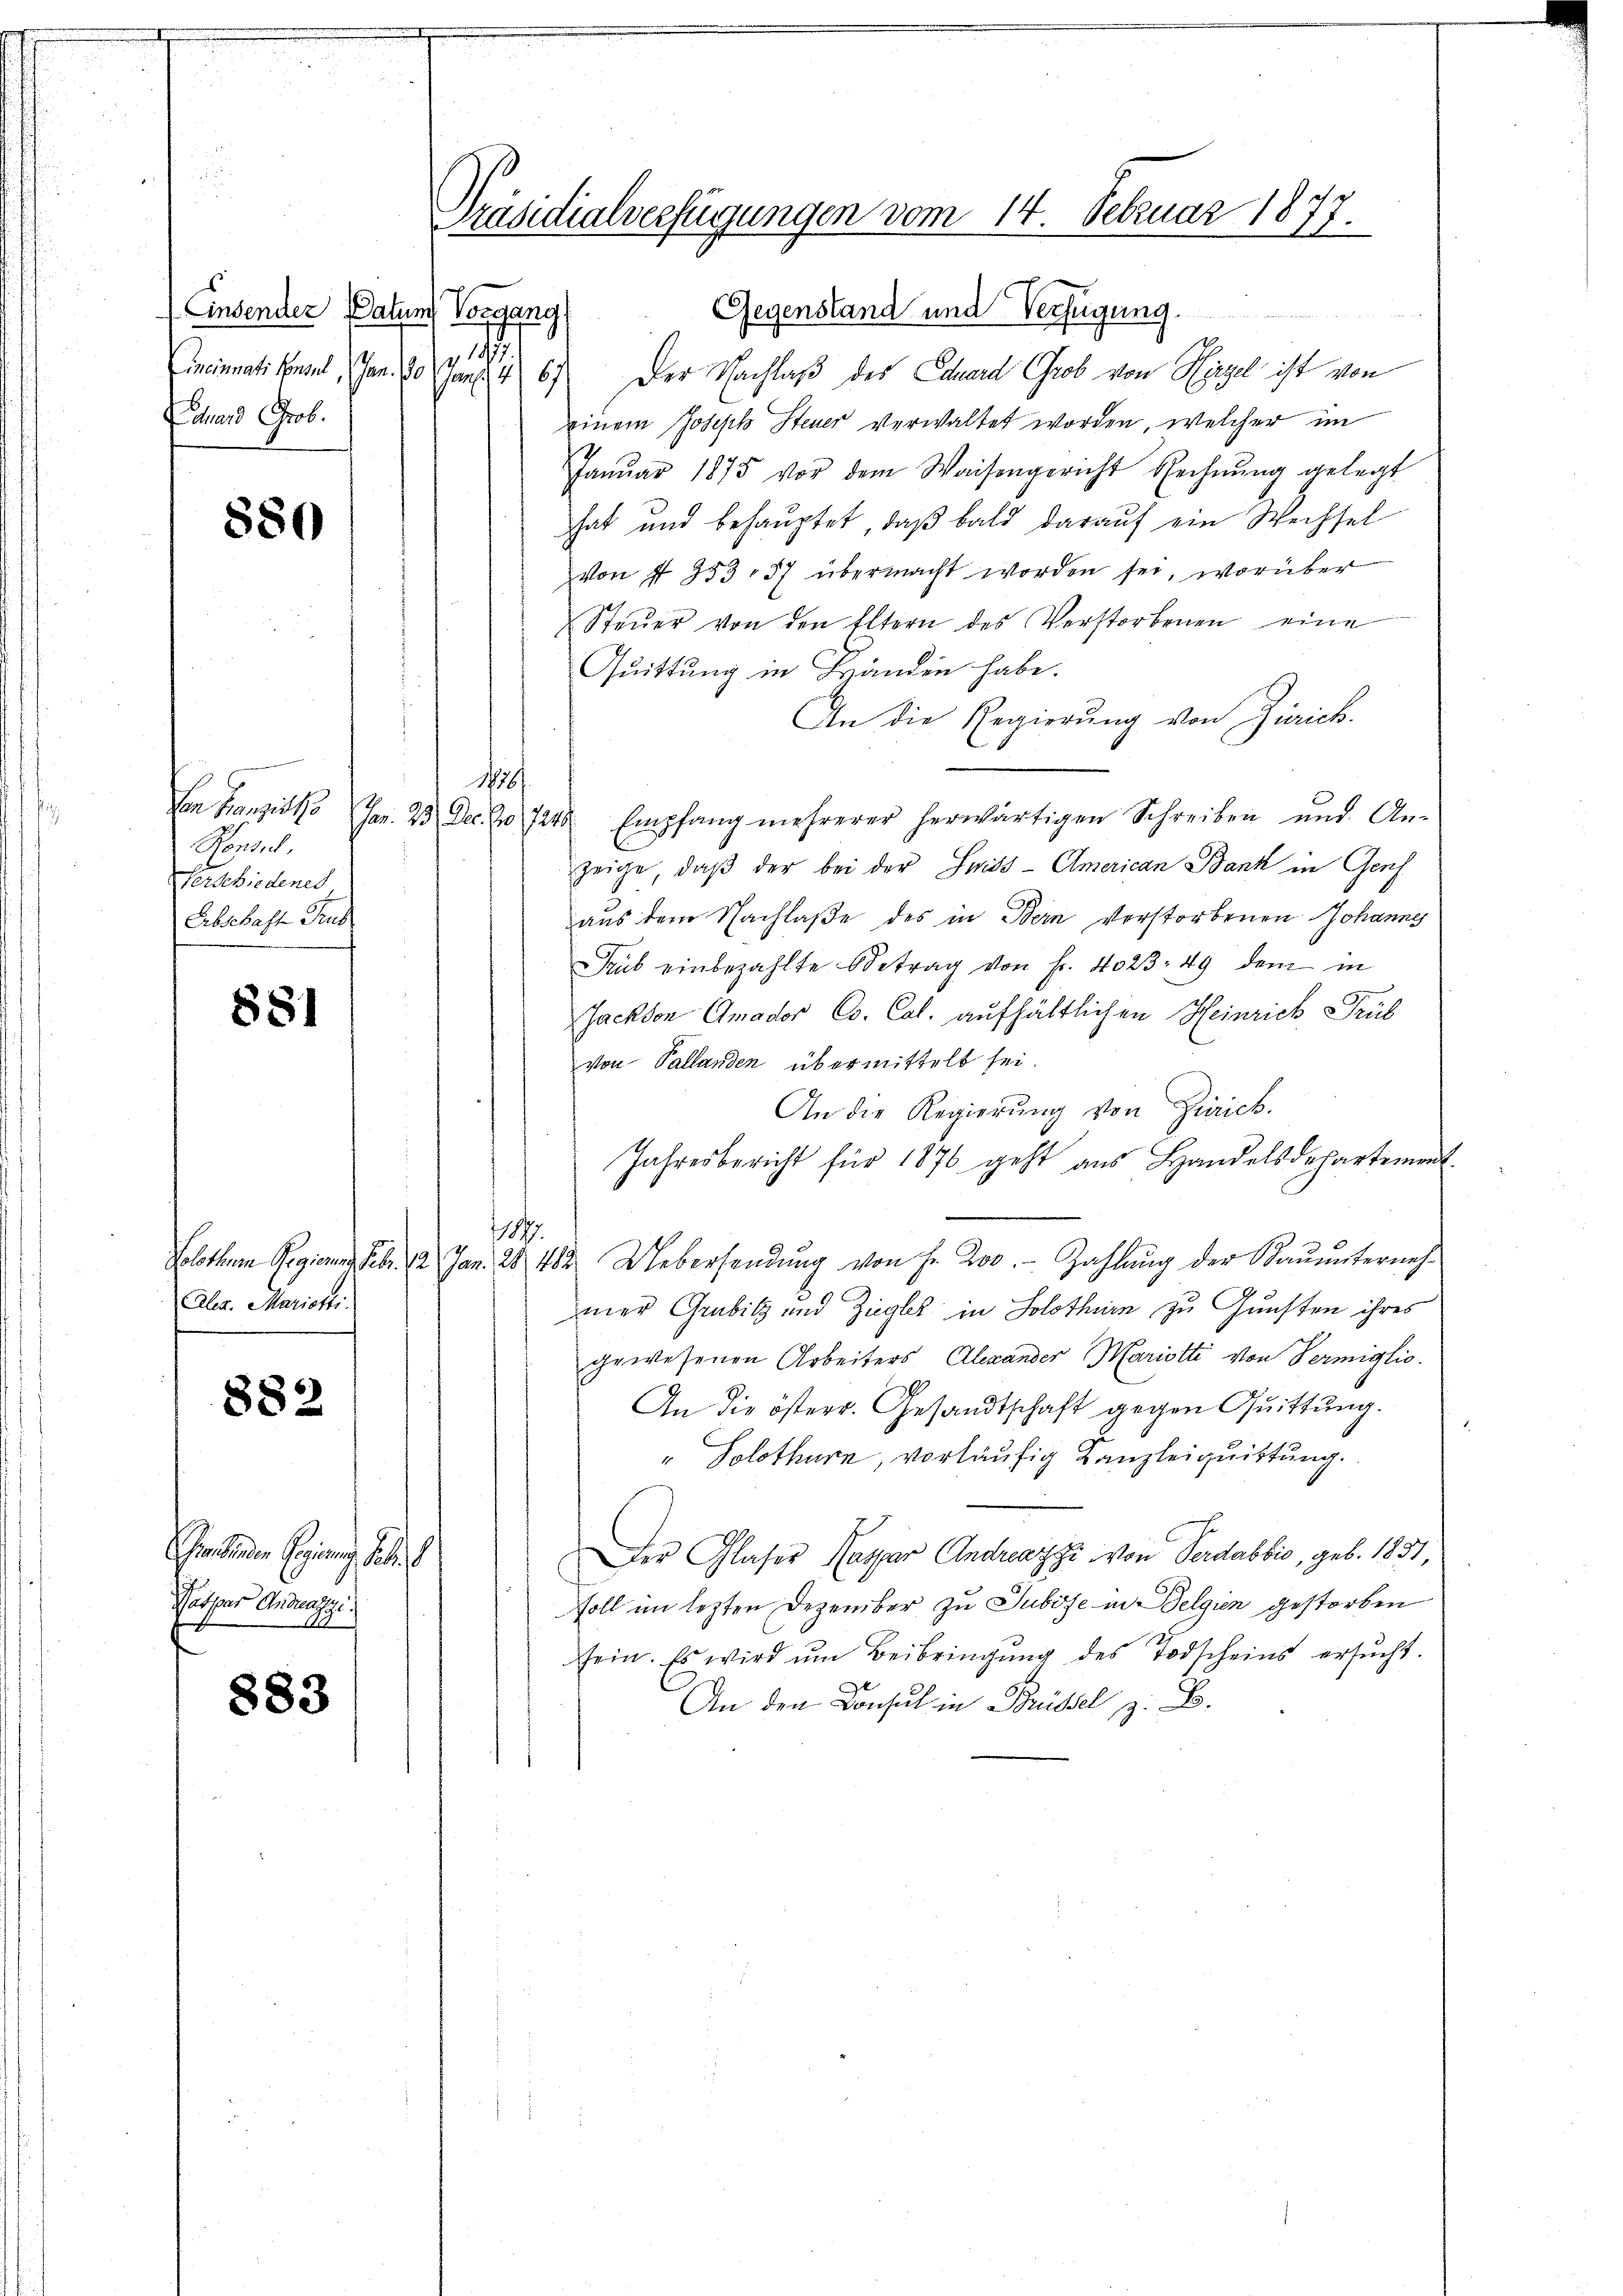
Ensender Datum Vorgang
1
Echard Grob.

880

hen Bereits se
ar. 2.
Konsul
Perde biedenes
Erbschafte Jus

881

Ales. Marienti.

882

Gemeinden Regierung Juli
Natpar Antrage.
9

883

Präsidialverfügungen vom 14. Februar 1877.

Gegenstand und Verfügung.
Cincinati konsul, Jan. 10. Jan. 467. Der Nachlaß des Eduard Grob von Hirzel ist von
einem Joseph Steuer verwaltet worden, welcher im
Janŭar 1875 vor dem Waisengericht Rechnŭng gelegt
hat und behauptet, daß bald darauf ein Wechsel
von I 353, 57 übermacht worden sei, worüber
Steŭer von den Eltern des Verstorbenen eine
Quittung in Handen habe.
An die Regierung von Zürich.
1458/
23 Dec. No 728. Empfang mehrerer herwärtigen Schreiben und An-
zeige, daβ der bei der Seits-American Bank in Genf
aus dem Nachlaße des in Bern verstorbenen Johanne
ub einbezahlte Betrag von Fr. 4023. 49 dem in
Jackon Gmador Co. Cal. aufhältlichen Heinrich Trüb
von Pallanden übermittelt sei.
An die Regierung von Zürich.
Jahresbericht für 1876 geht aus Handelsdepartement
186
Solothurm Regieren Febr. 12 Jan. 28. 482. Uebersendŭng von Fr. 200. - Zahlŭng der Baŭŭnterneh-
mer Grubitz und Ziegler in Solothurn zu Gunsten ihres
gewesenen Arbeiters Alexander Mariotti von Termiglio.
An die österr. Gesandtschaft gegen Quittung.
" Solothurn, vorläufig Kanzleiquittung.
Der Glaser Caspar Andreazzi von Verdabbić, geb. 1831,
soll im lezten Dezember zu Suböse in Belgien gestorben
sein. Es wird ŭm Beibringŭng des Todscheins ersucht.
An den Consul in Brüssel z. B.